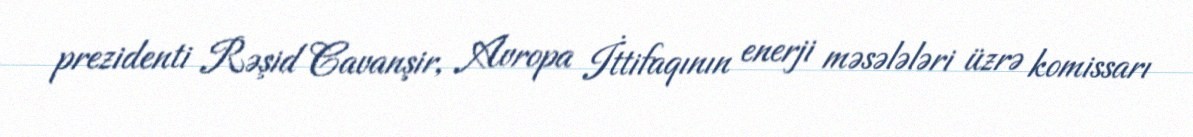
prezidenti Rəşid Cavanşir, Avropa İttifaqının enerji məsələləri üzrə komissarı